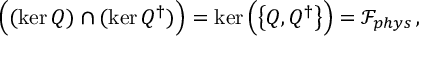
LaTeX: \Big ( ( \ker Q ) \cap ( \ker Q ^ { \dagger } ) \Big ) = \ker \Big ( \big \{ Q , Q ^ { \dagger } \big \} \Big ) = \mathcal { F } _ { p h y s } \, ,